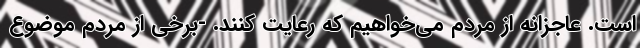
است. عاجزانه از مردم می‌خواهیم که رعایت کنند. -برخی از مردم موضوع